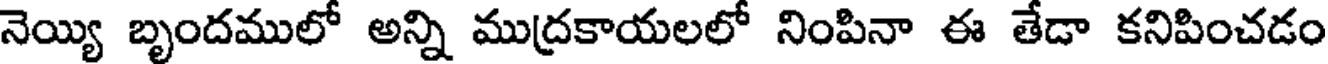
నెయ్యి బృందములో అన్ని ముద్రకాయలలో నింపినా ఈ తేడా కనిపించడం